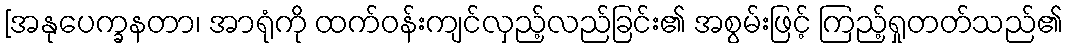
[အနုပေက္ခနတာ၊ အာရုံကို ထက်ဝန်းကျင်လှည့်လည်ခြင်း၏ အစွမ်းဖြင့် ကြည့်ရှုတတ်သည်၏